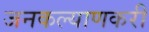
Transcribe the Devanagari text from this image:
जनकल्याणकरी